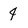
Character: 4